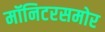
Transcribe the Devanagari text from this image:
मॉनिटरसमोर